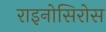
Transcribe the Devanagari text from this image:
राइनोसिरोस